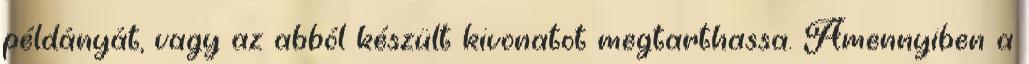
példányát, vagy az abból készült kivonatot megtarthassa. Amennyiben a